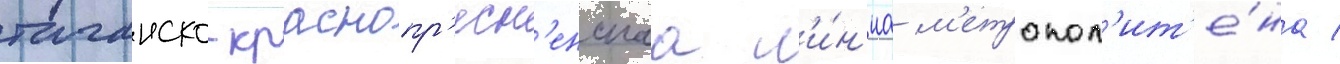
таганско-краснопр'есн'енскаа л'и́н'иа м'етропол'ит'е́на /